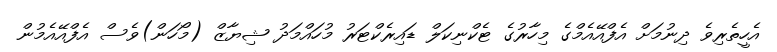
އެހީތެރިވެ ދިނުމަށް އެފްއޭއެމްގެ މިހާރުގެ ޓެކްނިކަލް ޑައިރެކްޓަރު މުހައްމަދު ޝިޔާޒް (މޯހަން)ވެސް އެފްއޭއެމުން